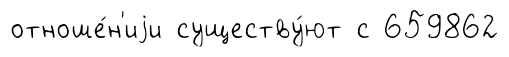
отноше́н'иjи существу́ют с 659862